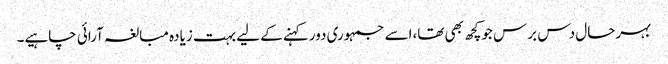
بہرحال دس برس جوکچھ بھی تھا،اسے جمہوری دورکہنے کے لیے بہت زیادہ مبالغہ آرائی چاہیے۔